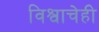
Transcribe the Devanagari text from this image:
विश्वाचेही